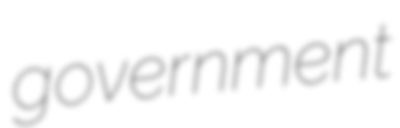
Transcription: government